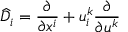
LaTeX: { \widehat { D } } _ { i } = { \frac { \partial } { \partial x ^ { i } } } + u _ { i } ^ { k } { \frac { \partial } { \partial u ^ { k } } }